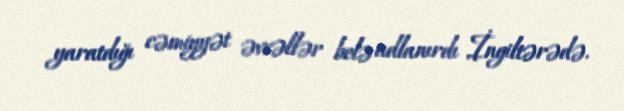
yaratdığı cəmiyyət əvvəllər belə adlanırdı İngiltərədə.